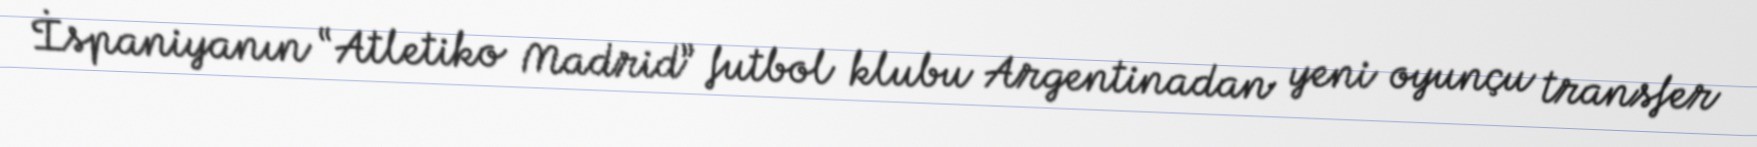
İspaniyanın “Atletiko Madrid” futbol klubu Argentinadan yeni oyunçu transfer